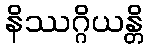
နိဿဂ္ဂိယန္တိ